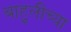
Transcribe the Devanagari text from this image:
बाहुलीच्या